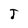
Character: T